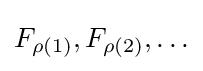
F_{\rho (1)},F_{\rho (2)},\ldots